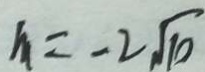
m = - 2 \sqrt { 1 0 }